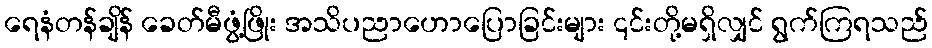
ရေနံတန်ချိန် ခေတ်မီဖွံ့ဖြိုး အသိပညာဟောပြောခြင်းများ ၎င်းတို့မရှိလျှင် ရွက်ကြရသည်